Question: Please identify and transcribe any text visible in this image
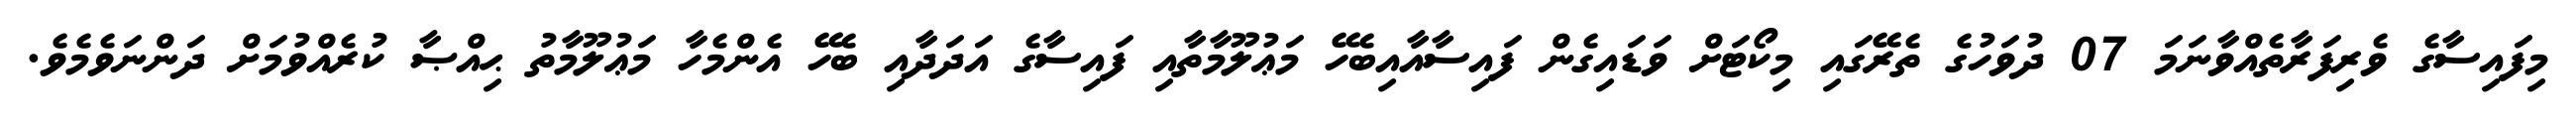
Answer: މިފައިސާގެ ވެރިފަރާތެއްވާނަމަ 07 ދުވަހުގެ ތެރޭގައި މިކޯޓަށް ވަޑައިގެން ފައިސާއާއިބެހޭ މަޢުލޫމާތާއި ފައިސާގެ އަދަދާއި ބެހޭ އެންމެހާ މަޢުލޫމާތު ޙިއްޞާ ކުރެއްވުމަށް ދަންނަވެމެވެ.